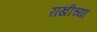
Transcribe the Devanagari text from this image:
राखीच्या